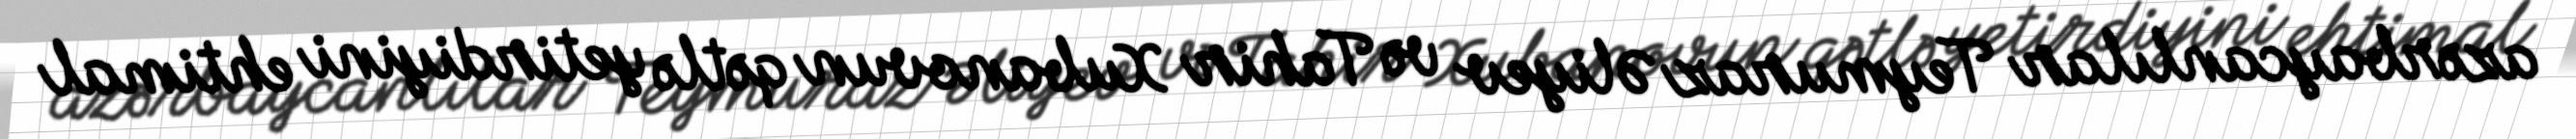
azərbaycanlılar Teymuraz Əliyev və Tahir Xubanovun qətlə yetirdiyini ehtimal